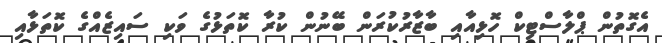
އެގޮތުން ޕްލާސްޓިކް ހޮޅިއާއި ބާޒާރުކުރަން ބޭނުން ކުރާ ކޮތަޅުގެ ވަކި ސައިޒެއްގެ ކޮތަޅާއި